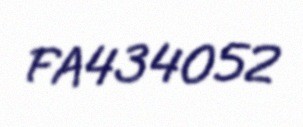
FA434052